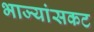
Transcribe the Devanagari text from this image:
भाज्यांसकट